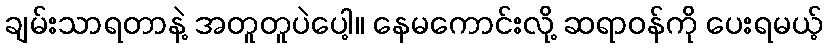
ချမ်းသာရတာနဲ့ အတူတူပဲပေါ့။ နေမကောင်းလို့ ဆရာဝန်ကို ပေးရမယ့်